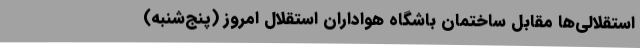
استقلالی‌ها مقابل ساختمان باشگاه هواداران استقلال امروز (پنج‌شنبه)